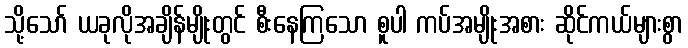
သို့သော် ယခုလိုအချိန်မျိုးတွင် စီးနေကြသော စူပါ ကပ်အမျိုးအစား ဆိုင်ကယ်များစွာ